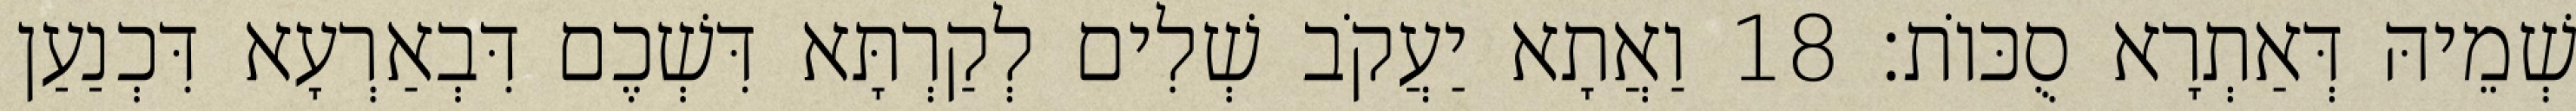
שְׁמֵיהּ דְּאַתְרָא סֻכּוֹת׃ 18 וַאֲתָא יַעֲקֹב שְׁלִים לְקַרְתָּא דִּשְׁכֶם דִּבְאַרְעָא דִּכְנַעַן